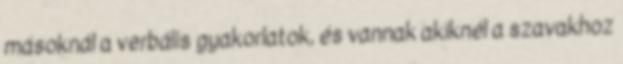
másoknál a verbális gyakorlatok, és vannak akiknél a szavakhoz